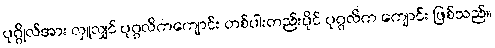
ပုဂ္ဂိုလ်အား လှူလျှင် ပုဂ္ဂလိကကျောင်း တစ်ပါးတည်းပိုင် ပုဂ္ဂလိက ကျောင်း ဖြစ်သည်။